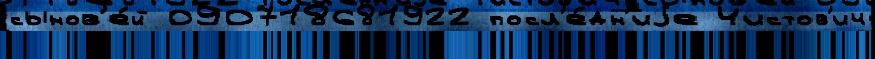
сынов'е́й 090718681922 посл'е́дн'иjе Чистов'ич